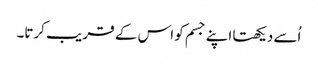
اُسے دیکھتا اپنے جسم کو اس کے قر یب کرتا۔